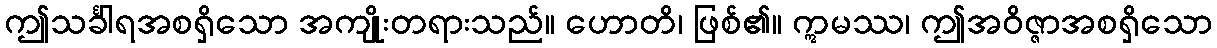
ဤသင်္ခါရအစရှိသော အကျိုးတရားသည်။ ဟောတိ၊ ဖြစ်၏။ ဣမဿ၊ ဤအဝိဇ္ဇာအစရှိသော